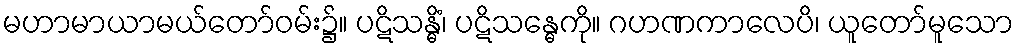
မဟာမာယာမယ်တော်ဝမ်း၌။ ပဋိသန္ဓိံ၊ ပဋိသန္ဓေကို။ ဂဟဏကာလေပိ၊ ယူတော်မူသော